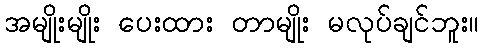
အမျိုးမျိုး ပေးထား တာမျိုး မလုပ်ချင်ဘူး။